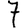
Digit: 7